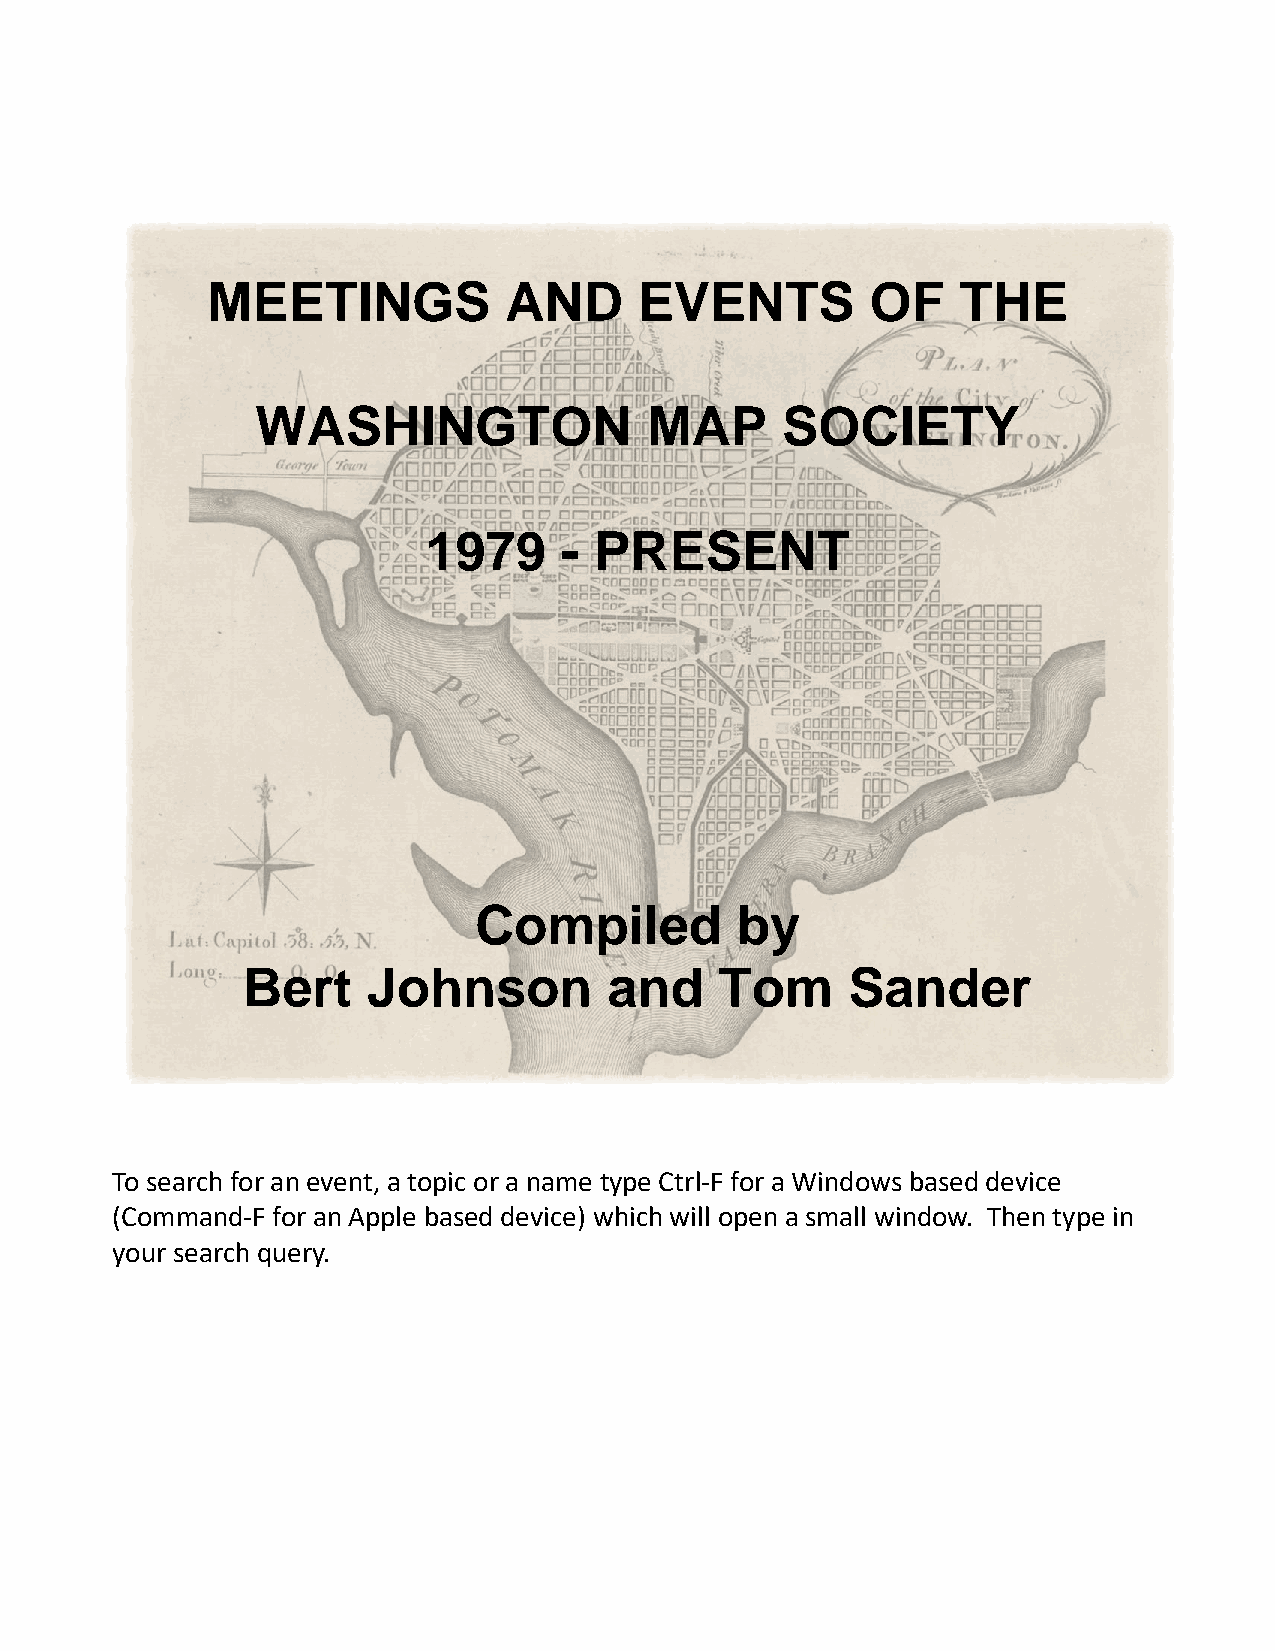
MEETINGS           AND      EVENTS          OF    THE
 WASHINGTON                MAP      SOCIETY
 1979     - PRESENT
 Compiled          by
 Bert    Johnson         and     Tom     Sander
 To search for an event, a topic or a name type Ctrl-F for a Windows based device
 (Command-F for an Apple based device) which will open a small window. Then type in
 your search query.